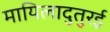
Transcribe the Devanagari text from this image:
मायिलादुतुरई